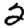
Digit: 2